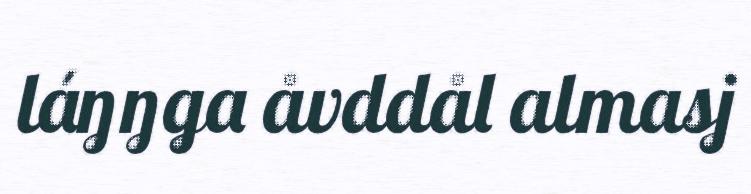
láŋŋga åvddål almasj